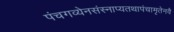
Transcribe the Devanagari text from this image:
पंचगव्येनसंस्नाप्यतथापंचामृतेनवै